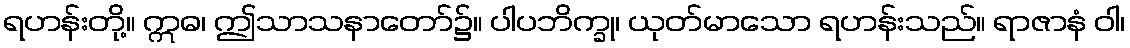
ရဟန်းတို့။ ဣဓ၊ ဤသာသနာတော်၌။ ပါပဘိက္ခု၊ ယုတ်မာသော ရဟန်းသည်။ ရာဇာနံ ဝါ၊